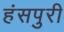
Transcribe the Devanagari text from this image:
हंसपुरी